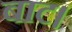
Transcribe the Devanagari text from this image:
बाट।